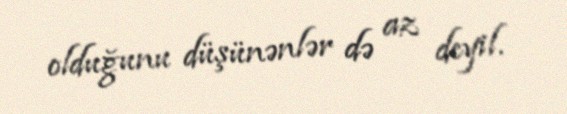
olduğunu düşünənlər də az deyil.